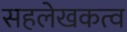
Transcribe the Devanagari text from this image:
सहलेखकत्व